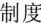
制度